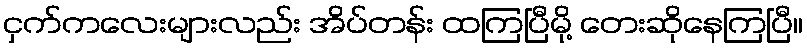
ငှက်ကလေးများလည်း အိပ်တန်း ထကြပြီမို့ တေးဆိုနေကြပြီ။